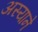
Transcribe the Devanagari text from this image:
अस्याने